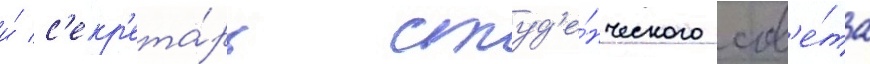
и́ с'екр'ета́рь студ'е́нческого сов'е́та